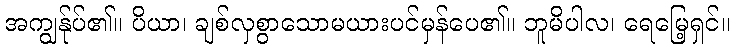
အကျွန်ုပ်၏။ ပိယာ၊ ချစ်လှစွာသောမယားပင်မှန်ပေ၏။ ဘူမိပါလ၊ ရေမြေ့ရှင်။